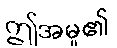
ဤအမှု၏